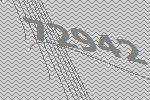
72942